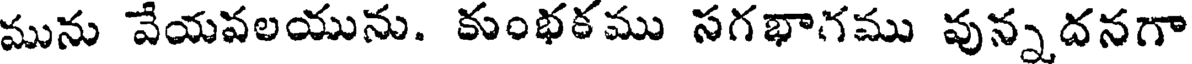
మును వేయవలయును. కుంభకము సగభాగము వున్నదనగా